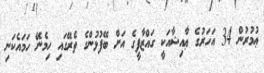
ޢުމުރުން 34 އަހަރުގެ ޢާއިޝާއަކީ ގައްޒާފީގެ އަށް ބޭފުޅުންގެ ތެރޭގައި ހިމެނޭ ހަމައެކަނި